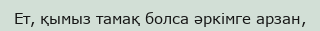
Ет, қымыз тамақ болса әркімге арзан,